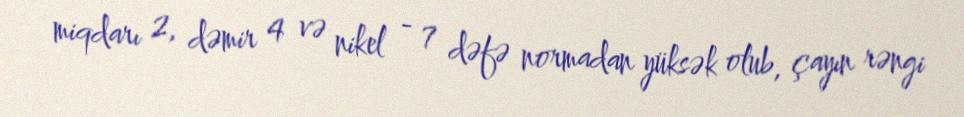
miqdarı 2, dəmir 4 və nikel - 7 dəfə normadan yüksək olub, çayın rəngi